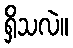
ရှိသလဲ။